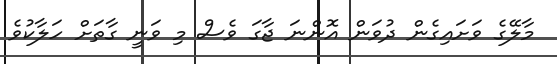
މާލޭގެ ވަށައިގެން ދުވަން އޮންނަ ޖާގަ ވެސް މި ވަނީ ގާތަށް ހަލާކުވެ